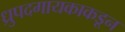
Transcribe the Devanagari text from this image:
ध्रुपदगायकाकडून